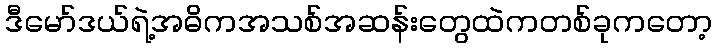
ဒီမော်ဒယ်ရဲ့အဓိကအသစ်အဆန်းတွေထဲကတစ်ခုကတော့